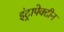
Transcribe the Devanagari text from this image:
इंट्रापेक्टीन